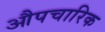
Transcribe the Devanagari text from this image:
औपचारिक